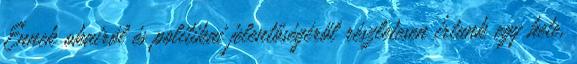
Ennek okairól és politikai jelentőségéről részletesen írtunk egy hete,